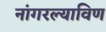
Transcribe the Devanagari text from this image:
नांगरल्याविण